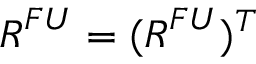
\boldsymbol { R } ^ { F U } = ( \boldsymbol { R } ^ { F U } ) ^ { T }